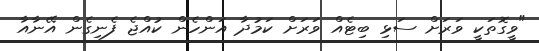
"ވީގޮތަކީ ވަރަށް ސަޅި ބިޓެއް ވަރަށް ކަމުދާ އަންހެން ކުއްޖެ ފެނިގެން އޭނާއާ